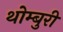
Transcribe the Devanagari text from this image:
थोम्बुरी